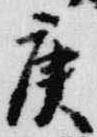
庚